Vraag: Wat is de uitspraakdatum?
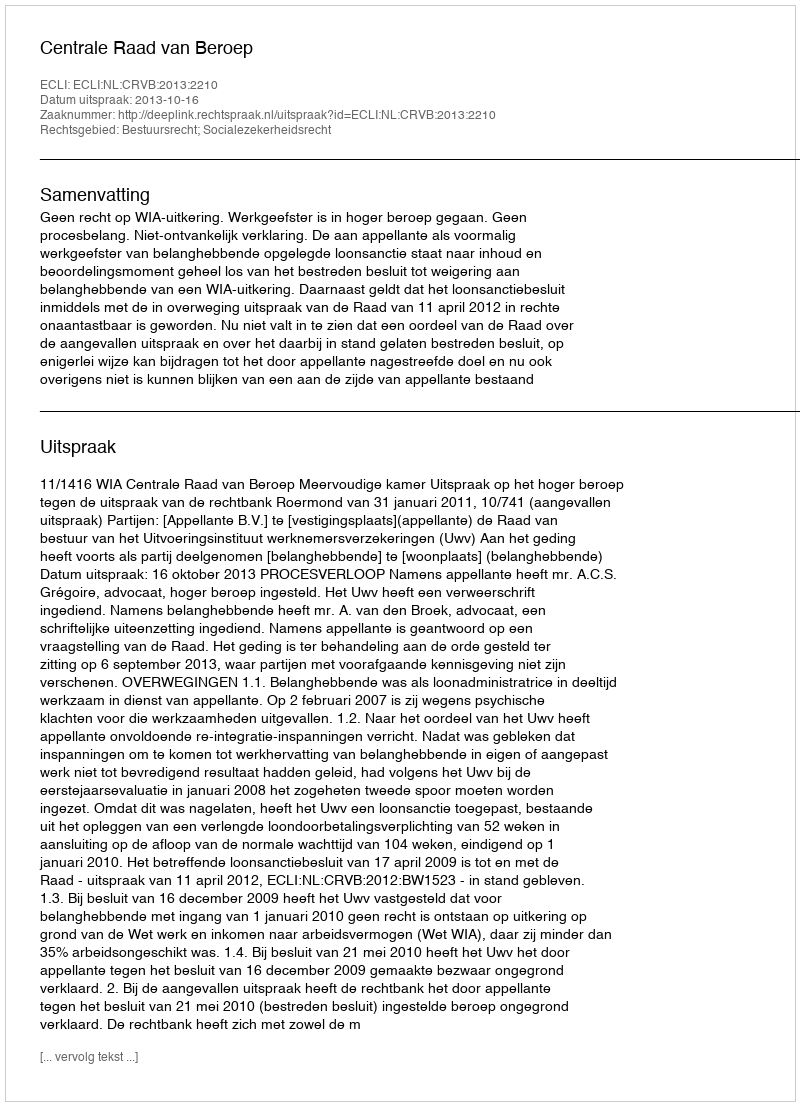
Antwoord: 2013-10-16